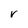
Character: r